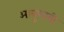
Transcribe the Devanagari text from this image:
आबूधाबी